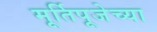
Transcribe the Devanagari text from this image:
मूर्तिपूजेच्या